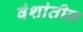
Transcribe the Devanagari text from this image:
वंशांतील